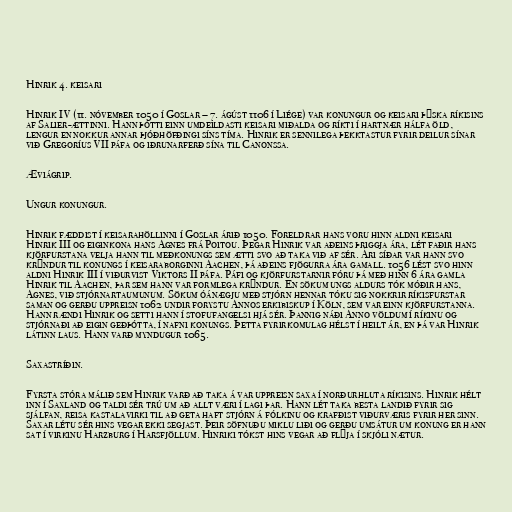
Hinrik 4. keisari

Hinrik IV (11. nóvember 1050 í Goslar – 7. ágúst 1106 í Liége) var konungur og keisari þýska ríkisins
af Salier-ættinni. Hann þótti einn umdeildasti keisari miðalda og ríkti í hartnær hálfa öld,
lengur en nokkur annar þjóðhöfðingi síns tíma. Hinrik er sennilega þekktastur fyrir deilur sínar
við Gregoríus VII páfa og iðrunarferð sína til Canonssa.

Æviágrip.

Ungur konungur.

Hinrik fæddist í keisarahöllinni í Goslar árið 1050. Foreldrar hans voru hinn aldni keisari
Hinrik III og eiginkona hans Agnes frá Poitou. Þegar Hinrik var aðeins þriggja ára, lét faðir hans
kjörfurstana velja hann til meðkonungs sem ætti svo að taka við af sér. Ári síðar var hann svo
krýndur til konungs í keisaraborginni Aachen, þá aðeins fjögurra ára gamall. 1056 lést svo hinn
aldni Hinrik III í viðurvist Viktors II páfa. Páfi og kjörfurstarnir fóru þá með hinn 6 ára gamla
Hinrik til Aachen, þar sem hann var formlega krýndur. En sökum ungs aldurs tók móðir hans,
Agnes, við stjórnartaumunum. Sökum óánægju með stjórn hennar tóku sig nokkrir ríkisfurstar
saman og gerðu uppreisn 1062 undir forystu Annos erkibiskup í Köln, sem var einn kjörfurstanna.
Hann rændi Hinrik og setti hann í stofufangelsi hjá sér. Þannig náði Anno völdum í ríkinu og
stjórnaði að eigin geðþótta, í nafni konungs. Þetta fyrirkomulag hélst í heilt ár, en þá var Hinrik
látinn laus. Hann varð myndugur 1065.

Saxastríðin.

Fyrsta stóra málið sem Hinrik varð að taka á var uppreisn saxa í norðurhluta ríkisins. Hinrik hélt
inn í Saxland og taldi sér trú um að allt væri í lagi þar. Hann lét taka besta landið fyrir sig
sjálfan, reisa kastalavirki til að geta haft stjórn á fólkinu og krafðist viðurværis fyrir her sinn.
Saxar létu sér hins vegar ekki segjast. Þeir söfnuðu miklu liði og gerðu umsátur um konung er hann
sat í virkinu Harzburg í Harsfjöllum. Hinriki tókst hins vegar að flýja í skjóli nætur.